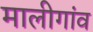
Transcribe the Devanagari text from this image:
मालीगांव